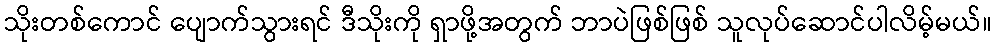
သိုးတစ်ကောင် ပျောက်သွားရင် ဒီသိုးကို ရှာဖို့အတွက် ဘာပဲဖြစ်ဖြစ် သူလုပ်ဆောင်ပါလိမ့်မယ်။